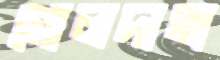
গোলদাতা